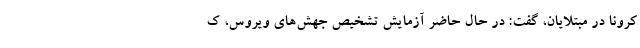
کرونا در مبتلایان، گفت: در حال حاضر آزمایش تشخیص جهش‌های ویروس، ک